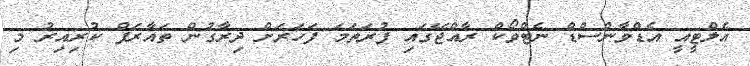
އެލްޓީއީ އެޑްވާންސްޑް ނެޓްވޯކް ރާއްޖޭގައި ފުރަތަމަ ފަހަރަށް ދިރާގުން ތައާރަފް ކުރިއިރު މި